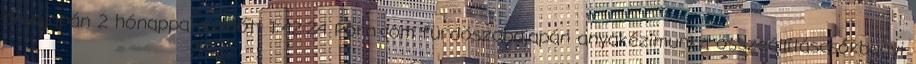
anyajapán 2 hónappal ezelőtt 1:42:24 Porn.com fürdöszobajapán anyakézimunka összeállításcsókbugyi